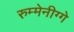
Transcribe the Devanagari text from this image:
रुम्मेनीग्गे